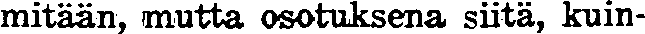
mitään, mutta osotuksena siitä, kuin-